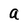
Character: a